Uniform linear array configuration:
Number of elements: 64
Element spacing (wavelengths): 0.25
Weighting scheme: uniform
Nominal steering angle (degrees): -30
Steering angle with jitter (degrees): -31.093
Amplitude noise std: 0.05
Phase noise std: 0.05

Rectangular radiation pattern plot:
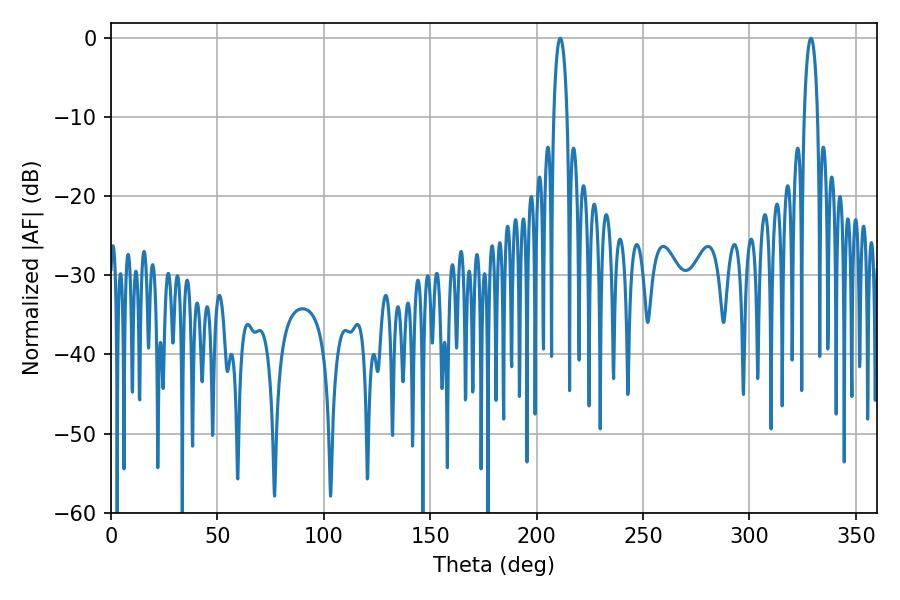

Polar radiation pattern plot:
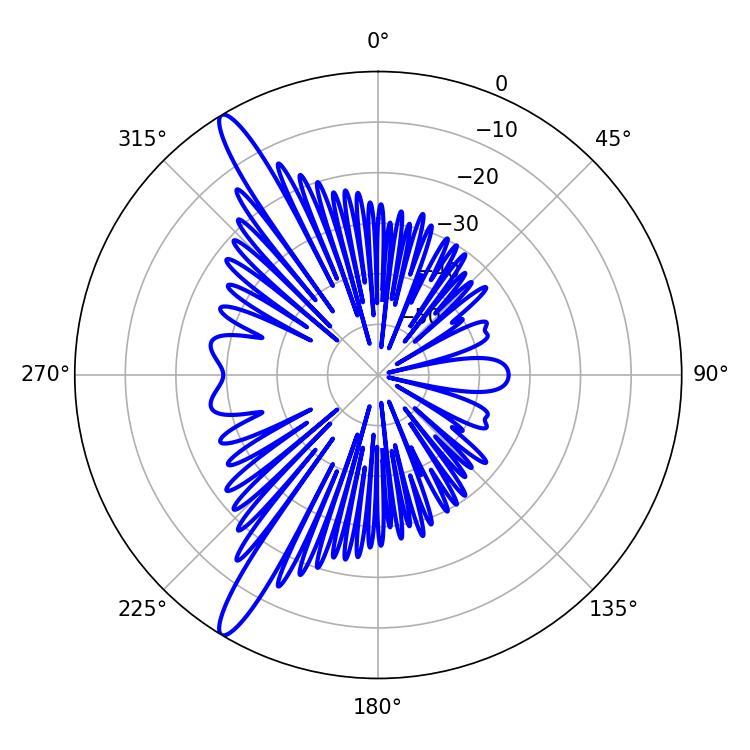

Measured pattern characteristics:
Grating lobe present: FALSE
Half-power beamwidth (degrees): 3.6
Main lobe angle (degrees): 328.86